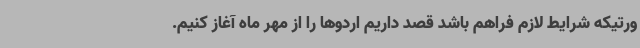
ورتیکه شرایط لازم فراهم باشد قصد داریم اردوها را از مهر ماه آغاز کنیم.